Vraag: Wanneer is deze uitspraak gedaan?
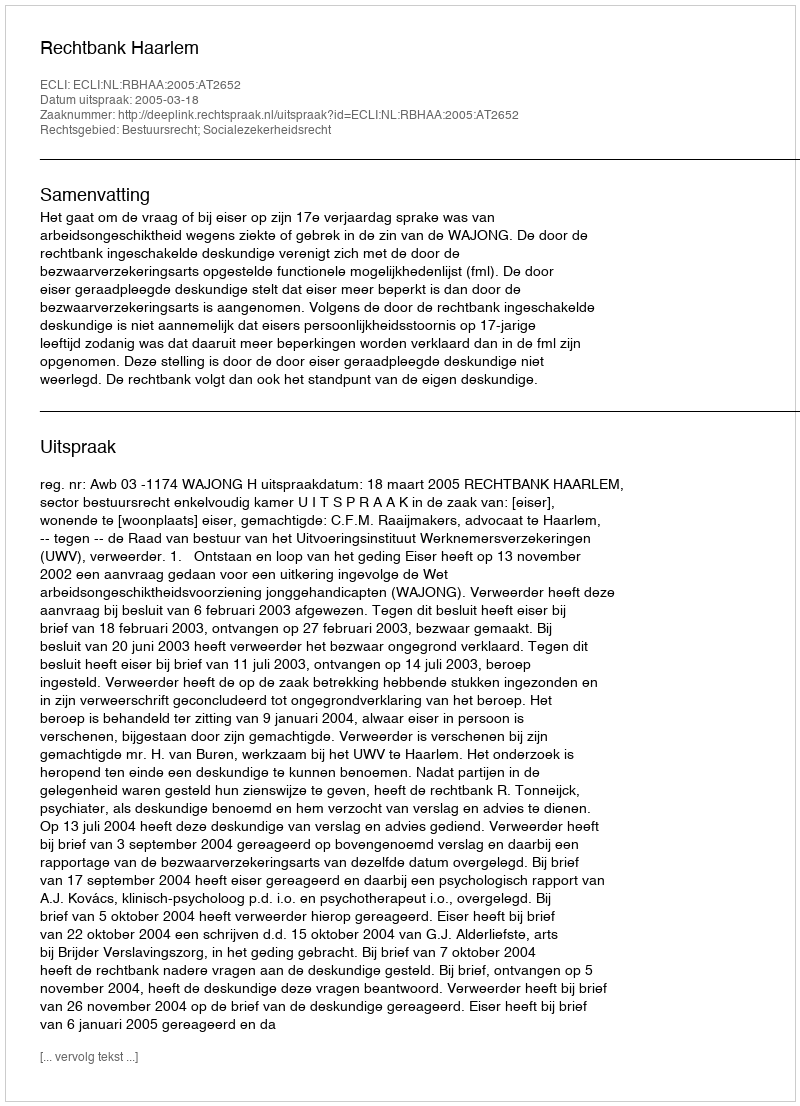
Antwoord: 2005-03-18